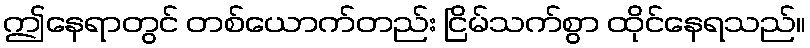
ဤနေရာတွင် တစ်ယောက်တည်း ငြိမ်သက်စွာ ထိုင်နေရသည်။